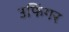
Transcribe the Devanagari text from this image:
उफिंगर